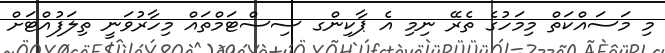
މި މަސައްކަތް މިމަހުގެ ތެރޭ ނިމި އެ ޕާކިންގ ސިސްޓަމްތައް މިހާރުވަނީ ތިލަފުއްޓަށް